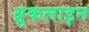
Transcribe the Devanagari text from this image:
ब्रुकलाइन